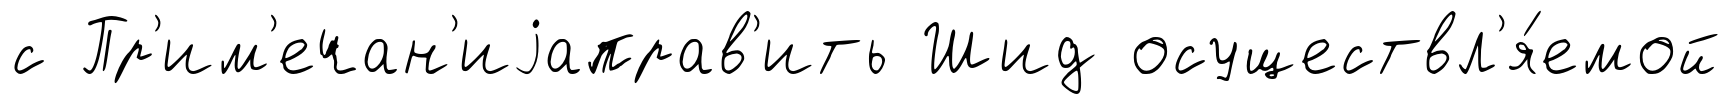
с Пр'им'ечан'иjаправ'ить Шид осуществл'я́емой